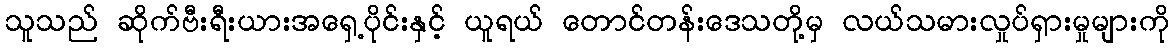
သူသည် ဆိုက်ဗီးရီးယားအရှေ့ပိုင်းနှင့် ယူရယ် တောင်တန်းဒေသတို့မှ လယ်သမားလှုပ်ရှားမှုများကို